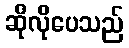
ဆိုလိုပေသည်